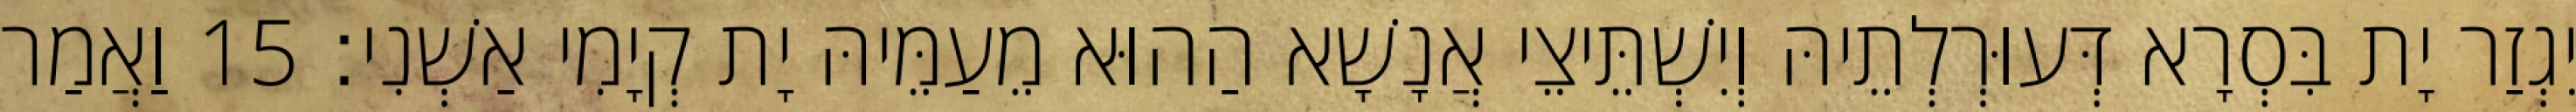
יִגְזַר יָת בִּסְרָא דְּעוּרְלְתֵיהּ וְיִשְׁתֵּיצֵי אֲנָשָׁא הַהוּא מֵעַמֵּיהּ יָת קְיָמִי אַשְׁנִי׃ 15 וַאֲמַר